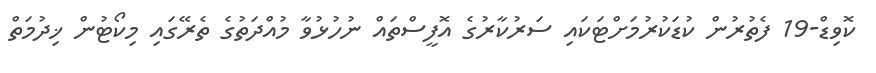
ކޮވިޑް-19 ފެތުރުން ކުޑަކުރުމަށްޓަކައި ސަރުކާރުގެ އޮފީސްތައް ނުހުޅުވާ މުއްދަތުގެ ތެރޭގައި މިކޯޓުން ޚިދުމަތް